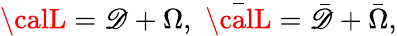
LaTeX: {\calL}=\mathscr{D}+\Omega,\, \, \bar{{\calL}}=\bar{{\mathscr{D}}}+\bar{{\Omega}},